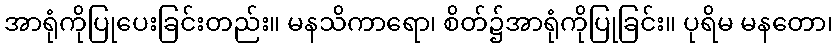
အာရုံကိုပြုပေးခြင်းတည်း။ မနသိကာရော၊ စိတ်၌အာရုံကိုပြုခြင်း။ ပုရိမ မနတော၊